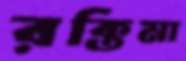
রক্তিমা